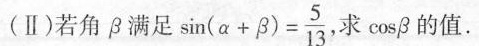
(Ⅱ)若角β满足 $$\sin(\alpha + \beta)= \frac{5}{13}$$ 求cosβ的值。